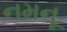
નમનૂ